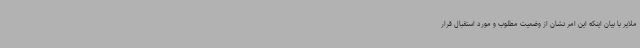
ملایر با بیان اینکه این امر نشان از وضعیت مطلوب و مورد استقبال قرار